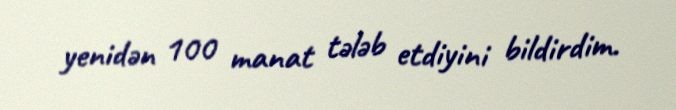
yenidən 100 manat tələb etdiyini bildirdim.